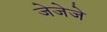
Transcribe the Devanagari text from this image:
जेजेजे